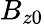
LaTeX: B_{z0}